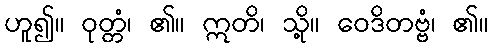
ဟူ၍။ ဝုတ္တံ၊ ၏။ ဣတိ၊ သို့။ ဝေဒိတဗ္ဗံ၊ ၏။